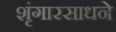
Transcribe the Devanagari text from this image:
शृंगारसाधने